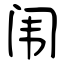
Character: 闱